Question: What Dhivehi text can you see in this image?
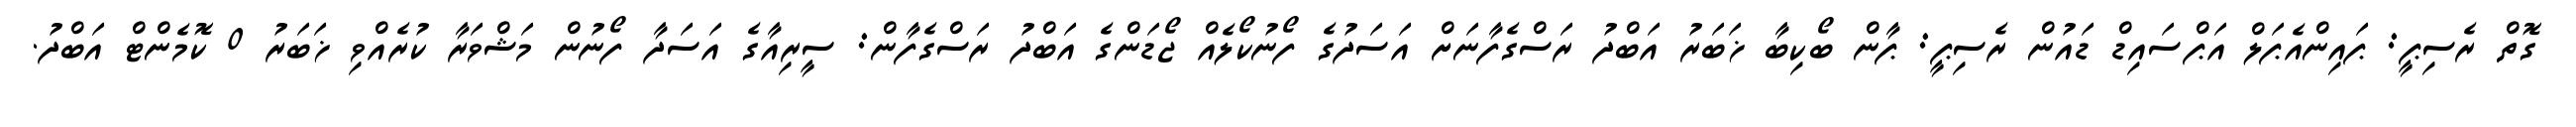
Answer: ގޮތް ރެސިޕީ: ޕައިންއެޕަލް އަޕްސައިޑް ޑައުން ރެސިޕީ: ޕާން ބޯކިބާ ޚަބަރު އަބްދު ރަސްގެފާނަށް އަސަދުގެ ފޯނުކޯލެއް ޖޯޑަންގެ އަބްދު ރަސްގެފާން: ސީރިއާގެ އަސަދާ ފޯނުން މަޝްވަރާ ކުރެއްވި ޚަބަރު 0 ކޮމެންޓް އަބްދު.